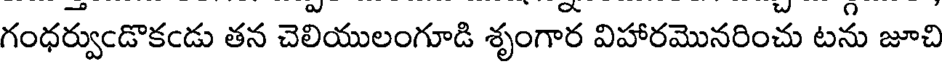
గంధర్వుండొకండు తన చెలియులంగూడి శృంగార విహారమొనరించు టను జూచి